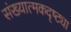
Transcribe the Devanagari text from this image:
संख्यात्मकदृष्ट्या